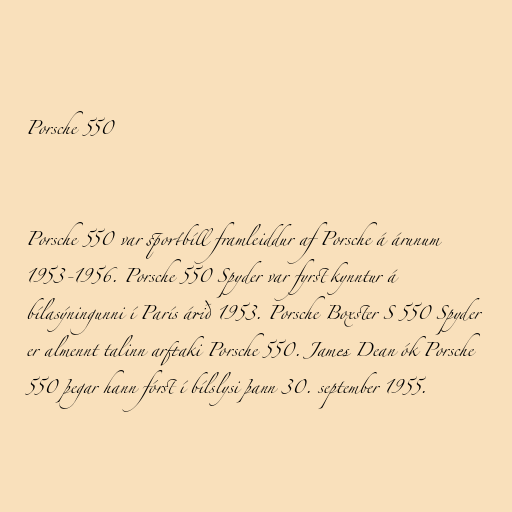
Porsche 550

Porsche 550 var sportbíll framleiddur af Porsche á árunum
1953-1956. Porsche 550 Spyder var fyrst kynntur á
bílasýningunni í París árið 1953. Porsche Boxster S 550 Spyder
er almennt talinn arftaki Porsche 550. James Dean ók Porsche
550 þegar hann fórst í bílslysi þann 30. september 1955.